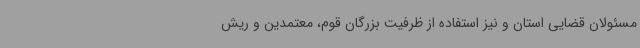
مسئولان قضایی استان و نیز استفاده از ظرفیت بزرگان قوم، معتمدین و ریش